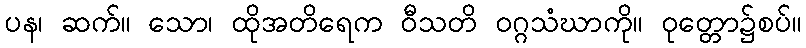
ပန၊ ဆက်။ သော၊ ထိုအတိရေက ဝီသတိ ဝဂ္ဂသံဃာကို။ ဝုတ္တော၌စပ်။